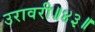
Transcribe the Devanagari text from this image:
उरावरी॥४३॥